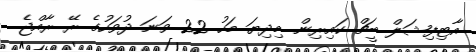
އާޓިފިޝަލް ބީޗް ކައިރިން މިދިޔަ މަހު 22 ވަނަ ދުވަހުގެ ރޭ ރާއްޖެ